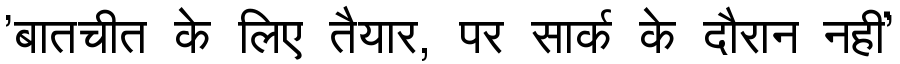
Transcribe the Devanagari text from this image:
'बातचीत के लिए तैयार, पर सार्क के दौरान नहीं'